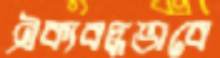
ঐক্যবদ্ধভাবে